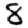
Digit: 8